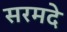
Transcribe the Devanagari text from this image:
सरमदे